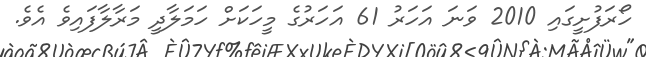
ހޯރަފުށީގައި 2010 ވަނަ އަހަރު 61 އަހަރުގެ މީހަކަށް ހަމަލާދީ މަރާލާފައިވެ އެވެ.